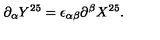
\partial _ { \alpha } Y ^ { 2 5 } = \epsilon _ { \alpha \beta } \partial ^ { \beta } X ^ { 2 5 } .